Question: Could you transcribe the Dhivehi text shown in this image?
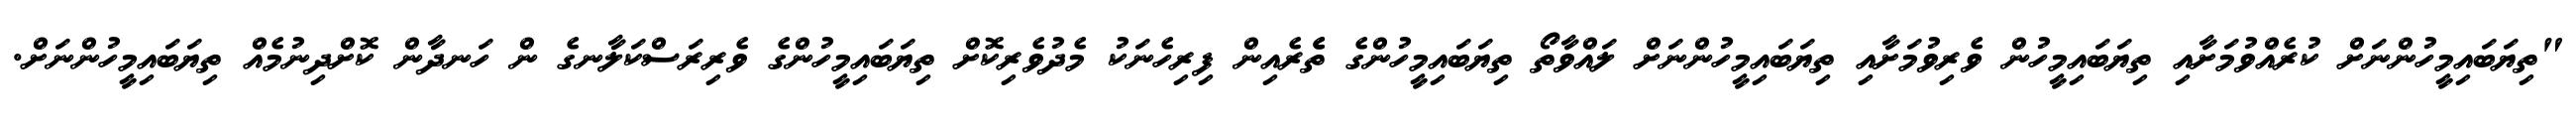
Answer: "ތިޔަބައިމީހުންނަށް ކުރެއްވުމަށާއި ތިޔަބައިމީހުން ވެރިވުމަށާއި ތިޔަބައިމީހުންނަށް ލައްވާތޯ ތިޔަބައިމީހުންގެ ތެެރެއިން ފިރިހެނަކު މެދުވެރިކޮށް ތިޔަބައިމީހުންގެ ވެރިރަސްކަލާނގެ ން ހަނދާން ކޮށްދިނުމެއް ތިޔަބައިމީހުންނަށް.